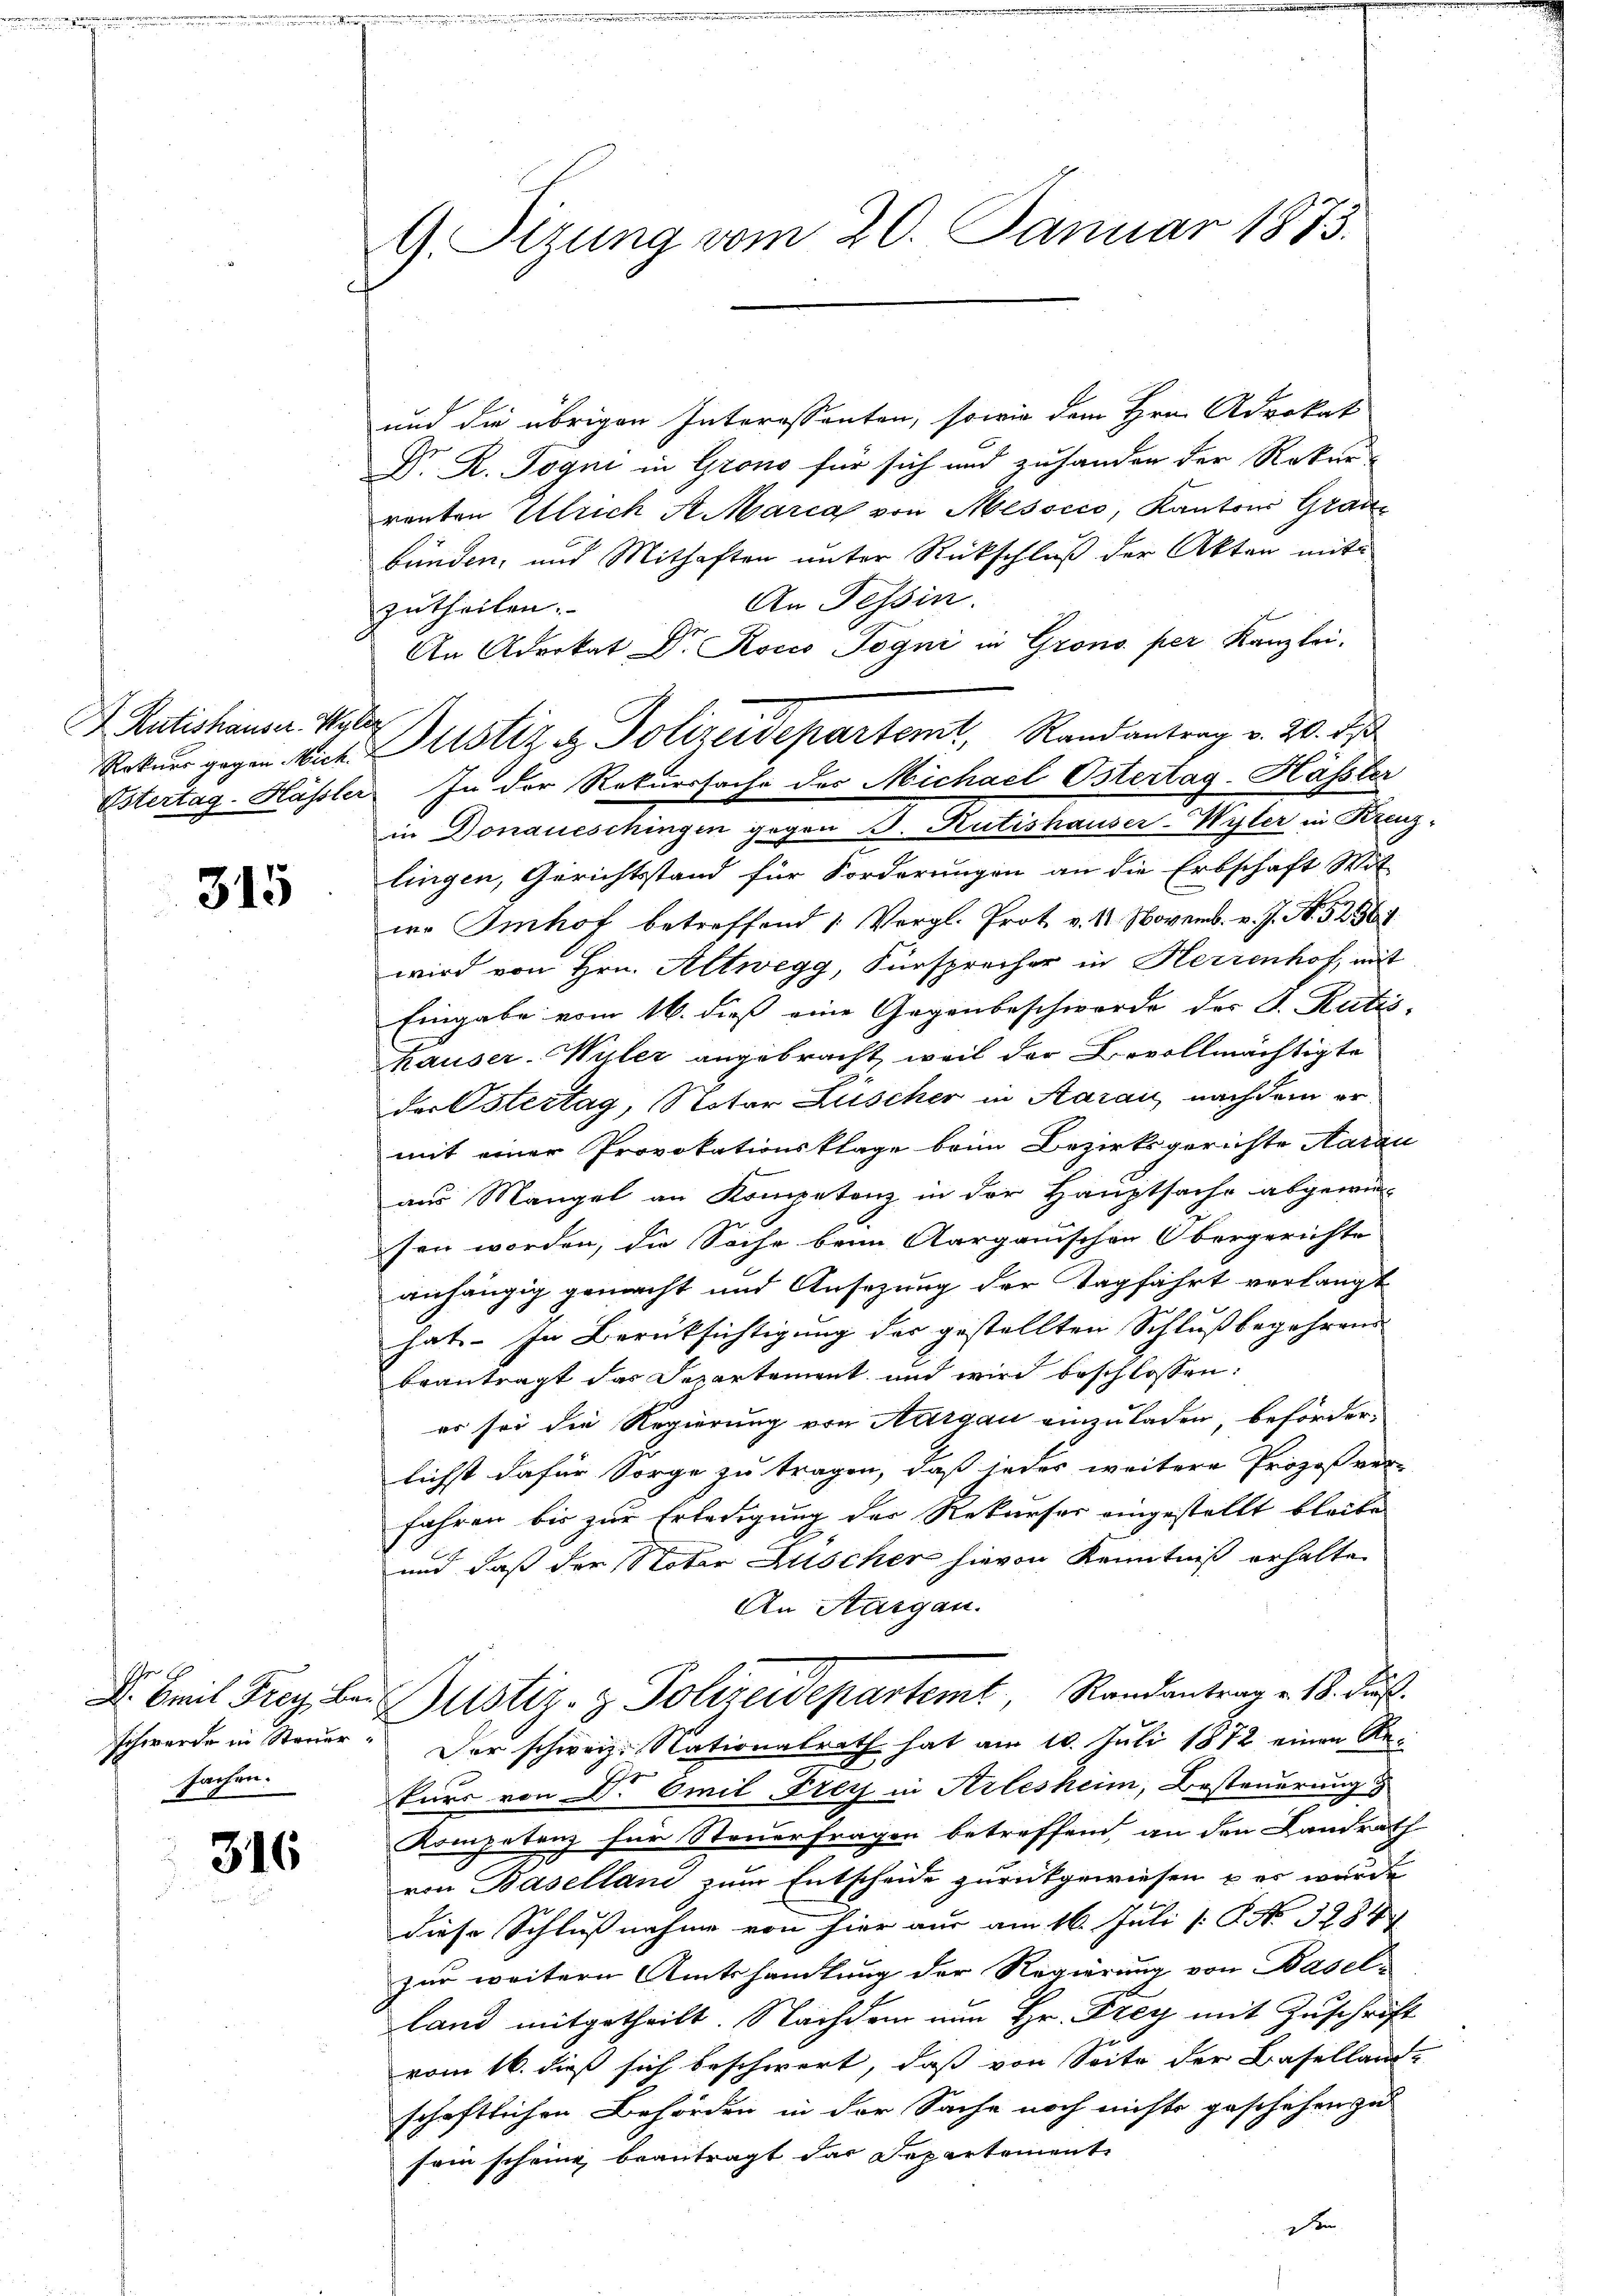
Kutishäuser. Mater

315

sachen.

316

G. Sizung vom 20. Januar 1873.

und die übrigen Interessanten, sowie dem Hrn. Advokat
Dr. R. Togni in Grono für sich und zuhanden der Rekur-
renten Ulrich A. Maria von Mesocco, Kantons Graubünden, und Mithaften unter Rückschluß der Akten mit
An Tessin.
zutheilen.
An Advokat Dr. Roco Togni in Grono per Kanzlei.
Rotuer gegen Vick. Altstiz & Polizeidepartemt, Randantrag v. 20. ds
Ostertag-Hässler. In der Rekurssache der Michael Ostertag-Hässler
in Donaueschingen gegen B. Rütishauser-Wyler in Kreuz-
lingen, Gerichtsstand für Forderungen an die Erbschaft Wit
wo Imhof betreffend 1 Vergl. Prot. v. 1. Novemb. v. J. N. 52569
wird von Hrn. Altwegg, Fürsprecher in Herrenhof, mit
Eingabe vom 16. dieß eine Gegenbeschwerde der S. Ratis,
Thauser-Willer angebracht, weil der Bevollmächtigte
der Ostertag, Notar Lüscher in Aarau nachdem ermit einer Provokationsklage beim Bezirksgerichte Aarau
aus Mangel an Kompetenz in der Hauptsache abgewin-
sen worden, die Sache beim Aargauischen Obergerichte
anhängig gemacht und Ansezung der Tagfahrt verlangt
hat. In Berüksichtigung der gestellten Schlußbegehrend
beantragt das Departement und wird beschlossen:
er sei die Regierung von Aargau einzuladen, beförderlichst dafür Sorge zu tragen, daß jeder weitere Prozeß ver-
fahren bis zur Erledigung der Rekurser eingestellt bleibe
und daß der Noter Zuscher hievon Kenntniß erhalte
An Aargau.
D. Seit Frey. bei Gustiz- & Polizeidepartemt, Randantrag v. 18. Fuß.
schwerde in Steuer. Der schweiz. Nationalrath hat am 10. Juli 1872 einen Rekurs von Dr Emil Frey in Arlesheim, Besteuerung
7
Kompetenz für Steuerfragen betreffend an den Landrath
von Basellan zum Entscheide zurückgewiesen & es wurde
diese Schlußnahme von hier aus am 16. Juli [ P. No. 3288
zur weitern Amtshandlung der Regierung von Basel-
land mitgetheilt. Nachdem nun Hr. Frey mit Zuschrift
vom 16. dieß sich beschwert, daß von Seite der Baselland-
schaftlichen Behörden in der Sache noch nichts geschehen zu
sein scheine beantragt dar Departemente
D